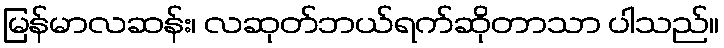
မြန်မာလဆန်း၊ လဆုတ်ဘယ်ရက်ဆိုတာသာ ပါသည်။